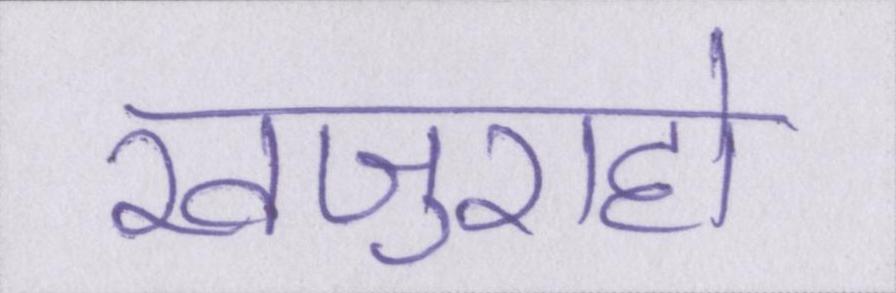
खजुराहो